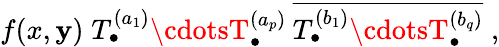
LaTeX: f(x,\mathbf{y})\; T_{\bullet}^{(a_{1})}\cdotsT_{\bullet}^{(a_{p})}\: \overline{{{{T_{\bullet}^{(b_{1})}\cdotsT_{\bullet}^{(b_{q})}}}}}\; ,